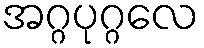
အဂ္ဂပုဂ္ဂလေ